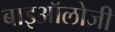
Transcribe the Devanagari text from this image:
बाइऑलोजी